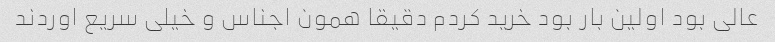
عالی بود اولین بار بود خرید کردم دقیقا همون اجناس و خیلی سریع اوردند